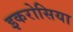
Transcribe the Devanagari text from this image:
इकरोसिया